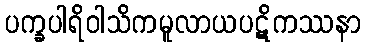
ပက္ခပါရိဝါသိကမူလာယပဋိကဿနာ